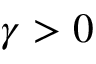
\gamma > 0